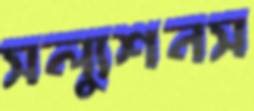
সল্যুশনস